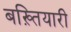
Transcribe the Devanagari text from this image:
बख़्तियारी